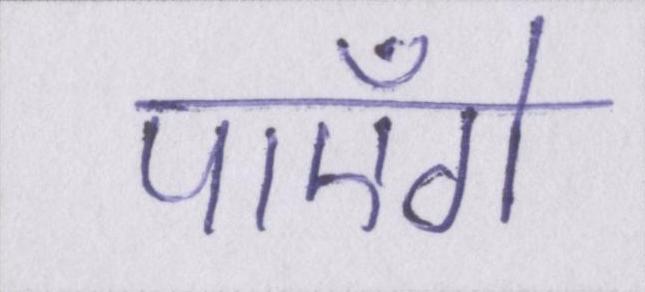
पाएँगे